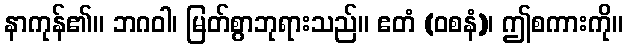
နာကုန်၏။ ဘဂဝါ၊ မြတ်စွာဘုရားသည်။ ဧတံ (ဝစနံ)၊ ဤစကားကို။